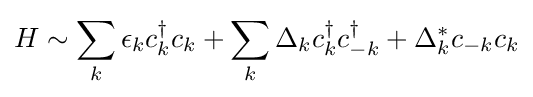
H\sim \sum _{k}\epsilon _{k}c_{k}^{\dagger }c_{k}+\sum _{k}\Delta _{k}c_{k}^{\dagger }c_{-k}^{\dagger }+\Delta _{k}^{*}c_{-k}c_{k}